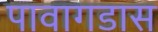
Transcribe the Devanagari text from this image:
पावागडास